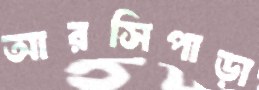
আরসিপাড়া